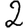
Digit: 2